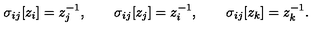
\sigma _ { i j } [ z _ { i } ] = z _ { j } ^ { - 1 } , \qquad \sigma _ { i j } [ z _ { j } ] = z _ { i } ^ { - 1 } , \qquad \sigma _ { i j } [ z _ { k } ] = z _ { k } ^ { - 1 } .